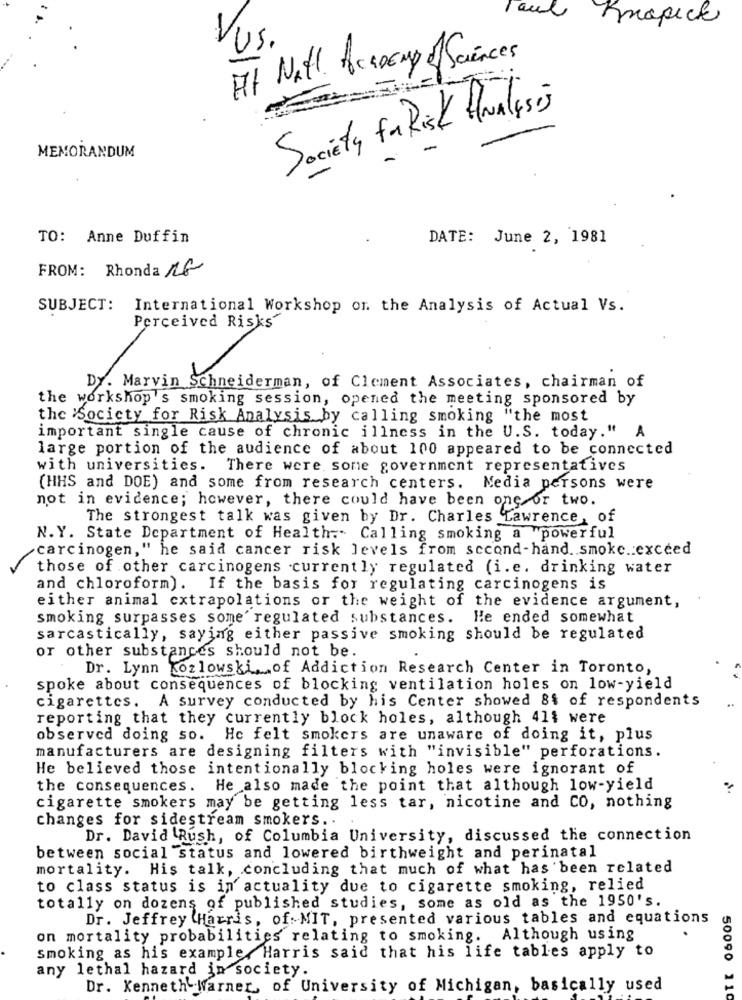
Knapick
Vus.
It Nath Academy of Sciences
Society faRisk Analysis
MEMORANDUM
TO: Anne Duffin
DATE: June 2, 1981
FROM: Rhonda 1G
SUBJECT:
International Workshop on the Analysis of Actual Vs.
Perceived Risks
Dy. Marvin Schneiderman, of Clement Associates, chairman of
the workshop's smoking session, opened the meeting sponsored by
the Society for Risk Analysis by calling smoking "the most
important single cause of chronic illness in the U.S. today." A
large portion of the audience of about 100 appeared to be connected
with universities. There were some government representatives
(HHS and DOE) and some from research centers. Media persons were
not in evidence; however, there could have been one or two.
The strongest talk was given by Dr. Charles Lawrence, of
N.Y. State Department of Health :- Calling smoking a powerful
carcinogen," he said cancer risk levels from second-hand. . smoke .: exceed
those of other carcinogens currently regulated (i.e. drinking water
and chloroform). If the basis for regulating carcinogens is
either animal extrapolations or the weight of the evidence argument,
smoking surpasses some' regulated substances.
He ended somewhat
sarcastically, saying either passive smoking should be regulated
or other substances should not be.
Dr. Lynn Kozlowski .. of Addiction Research Center in Toronto,
spoke about consequences of blocking ventilation holes on low-yield
cigarettes. A survey conducted by his Center showed 8$ of respondents
reporting that they currently block holes, although 411 were
observed doing so.
He felt smokers are unaware of doing it, plus
manufacturers are designing filters with "invisible" perforations.
He believed those intentionally blocking holes were ignorant of
the consequences. He also made the point that although low-yield
cigarette smokers may be getting less tar, nicotine and CO, nothing
changes for sidestream smokers ..
Dr. David Rush, of Columbia University, discussed the connection
between social status and lowered birthweight and perinatal
mortality. His talk, concluding that much of what has been related
to class status is in actuality due to cigarette smoking, relied
totally on dozens of published studies, some as old as the 1950's.
Dr. Jeffrey Harris, of: MIT, presented various tables and equations
on mortality probabilities relating to smoking. Although using
smoking as his example,Harris said that his life tables apply to
any lethal hazard jn society.
Dr. Kenneth Warner, of University of Michigan, basically used
50090 110